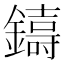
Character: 𮣑